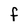
Character: f